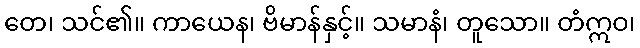
တေ၊ သင်၏။ ကာယေန၊ ဗိမာန်နှင့်။ သမာနံ၊ တူသော။ တံဣဝ၊